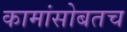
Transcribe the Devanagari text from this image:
कामांसोबतच